Statistical return of the lunatic asylum in Assam - 1912-1932
Year: 1912
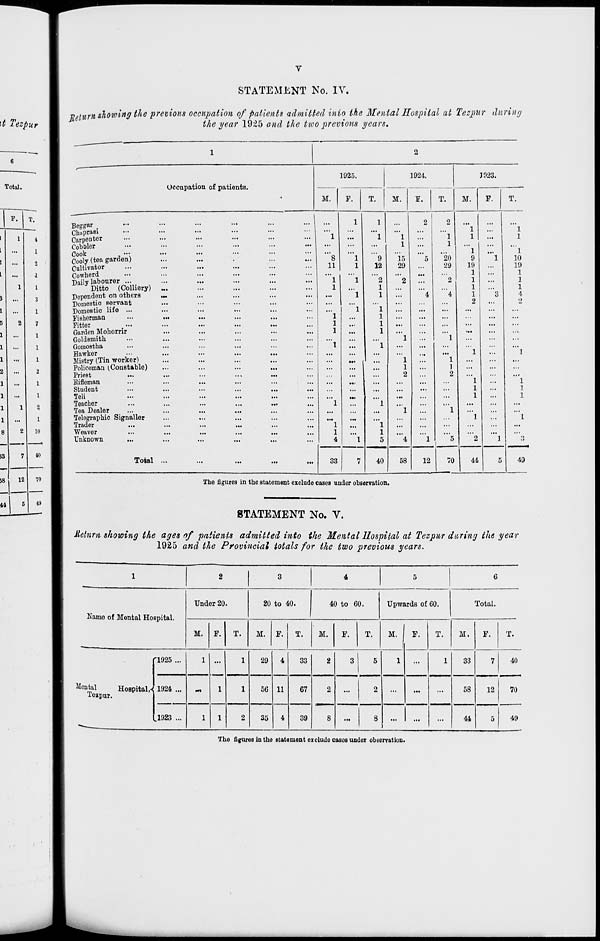
STATEMENT No. IV.
■Return showing the previous occupation of patients admitted into the Menial Hospital at Tezpur during
the year 1925 and the two previous years.
Occupation of patients.
1925.
M.
T.
1924.
M.
F.
T.
Beggar #
Chuprasi
Carpenter
Cobbler
Cook
•••
Cooly (tea garden)
Cultivator
Cowherd
Daily labourer ...
Ditto (Colliery)
Dependent on others
Domestic servant
Domestic life ...
Fisherman
Titter
Garden Mohornr
Goldsmith
Gomo8tha
Hawker
Mistry (Tin worker)
Policoman (.Constable)
Priest
Rifleman
Student
Teli
Teacher
Tea Dealer
Telegraphic Signaller
Trader
Weaver
Unknown
...
...
...
...
...
...
...
...
...
...
...
...
...
...
...
...
...
...
...
...
...
...
...
...
...
...
...
...
...
Total ..
8
11
"l
1
9
12
"2
1
1
"l
1
1
1
1
1
15
29
33
40
J923.
M.
P.
58
1
20
9
29
19
1
2
1
1
4
1
2
12
70
44
1
1
"l
10
19
1
1
1
4
9.
49
The figures in the statement exclude cases under observation.
STATEMENT No. V.
Return showing the ages of patients admitted into the Mental Hospital at Tezpur during the year
1925 and the Provincial totals for the two previous years.
1
2
3
4
5
6
Name of Mental Hospital.
Under 20.
20 to 40.
40 to 60.
Upwards of 60.
Total.
M. F.
T.
M. F.
T.
M.
F.
T.
M.
F.
T.
M.
F.
T.
'1925 ...
1 ...
1
1
29
4
33
2
3
5
1
...
1
33
7
40
Montal
Hospital,*
Toapur.
1924 ...
~
1
56 11
67
2
8
...
2
...
...
...
58
12
70
^____^^
.1923 ...
1
1
0
35
4
39
...
3
...
...
44
5
49
The figures in the statement ox elude cases undor observation.